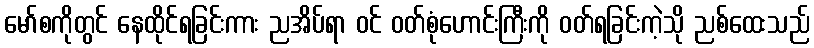
မော်စကိုတွင် နေထိုင်ရခြင်းကား ညအိပ်ရာ ဝင် ဝတ်စုံဟောင်းကြီးကို ဝတ်ရခြင်းကဲ့သို ညစ်ထေးသည်